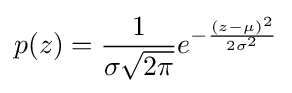
p(z)={\frac {1}{\sigma {\sqrt {2\pi }}}}e^{-{\frac {(z-\mu )^{2}}{2\sigma ^{2}}}}